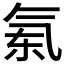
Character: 𣱝